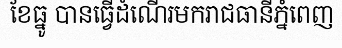
ខែធ្នូ បានធ្វើដំណើរមករាជធានីភ្នំពេញ